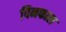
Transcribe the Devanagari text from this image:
पिनफाल